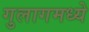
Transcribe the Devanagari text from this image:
गुलागमध्ये